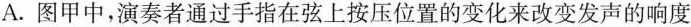
A.图甲中，演奏者通过手指在弦上按压位置的变化来改变发声的响度